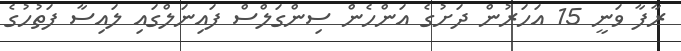
ރާފާ ވަނީ 15 އަހަރުން ދަށުގެ އަންހެން ސިންގަލްސް ފައިނަލްގައި ލައިސާ ފަތުހުގެ